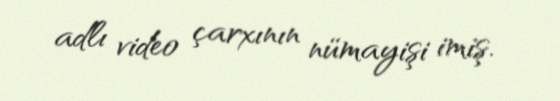
adlı video çarxının nümayişi imiş.